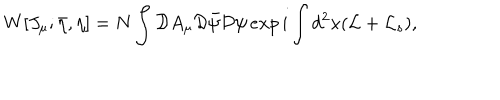
W [ J _ { \mu } ; \bar { \eta } , \eta ] = N \int { \cal D } A _ { \mu } { \cal D } \bar { \psi } { \cal D } \psi \, e x p \, i \int d ^ { 2 } x ( { \cal L } + { \cal L } _ { s } ) ,